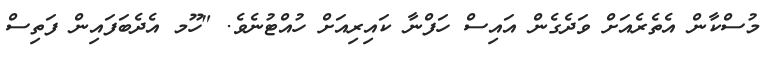
މުސްކާން އެތެރެއަށް ވަދެގެން އައިސް ހަފްނާ ކައިރިއަށް ހުއްޓުނެވެ. "ހޫމ އެދެބަފައިން ފަތިސް